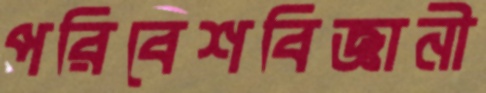
পরিবেশবিজ্ঞানী